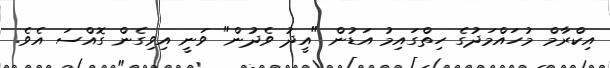
އިކްރާމް މުހައްމަދުގެ ހިތްގައިމު އަޑުން "އީދު ވެދުން" ވަނީ އިވިގެން ގޮއްސަ އެވެ.